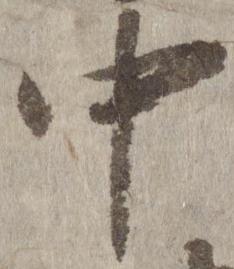
中